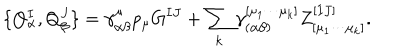
\{ Q _ { \alpha } ^ { I } , Q _ { \beta } ^ { J } \} = \gamma _ { \alpha \beta } ^ { \mu } p _ { \mu } G ^ { I J } + \sum _ { k } \gamma _ { ( \alpha \beta ) } ^ { [ \mu _ { 1 } \cdots \mu _ { k } ] } Z _ { [ \mu _ { 1 } \cdots \mu _ { k } ] } ^ { [ I J ] } .